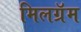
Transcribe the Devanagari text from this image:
मिलग्रॅम